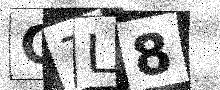
Text: C7L8